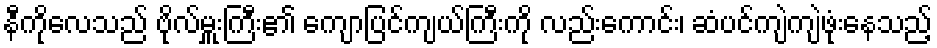
နီကိုလေသည် ဗိုလ်မှူးကြီး၏ ကျောပြင်ကျယ်ကြီးကို လည်းကောင်း၊ ဆံပင်ကျဲကျဲဖုံးနေသည့်